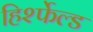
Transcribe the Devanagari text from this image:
हिर्श्फेल्ड